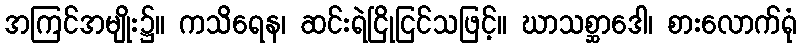
အကြင်အမျိုး၌။ ကသိရေန၊ ဆင်းရဲငြိုငြင်သဖြင့်။ ဃာသစ္ဆာဒေါ၊ စားလောက်ရုံ